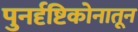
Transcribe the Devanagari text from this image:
पुनर्दृष्टिकोनातून